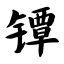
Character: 镡